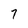
Character: 7